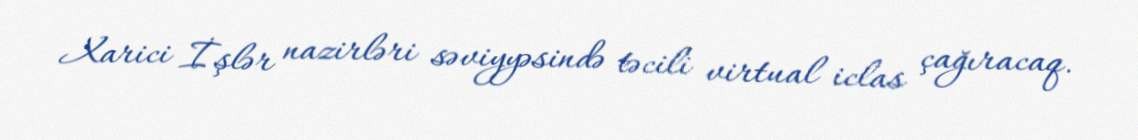
Xarici İşlər nazirləri səviyyəsində təcili virtual iclas çağıracaq.